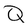
Character: Q